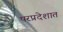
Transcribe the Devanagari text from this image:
परप्रदेशात